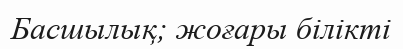
Басшылық; жоғары білікті